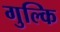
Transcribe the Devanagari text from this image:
गुल्कि